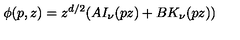
\phi ( p , z ) = z ^ { d / 2 } ( A I _ { \nu } ( p z ) + B K _ { \nu } ( p z ) )